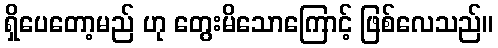
ရှိပေတော့မည် ဟု တွေးမိသောကြောင့် ဖြစ်လေသည်။